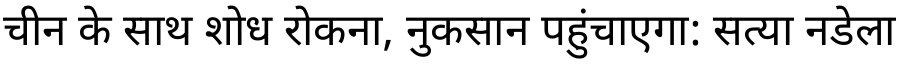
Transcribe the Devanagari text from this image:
चीन के साथ शोध रोकना, नुकसान पहुंचाएगा: सत्या नडेला